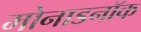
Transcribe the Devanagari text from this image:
मोनाडनॉक